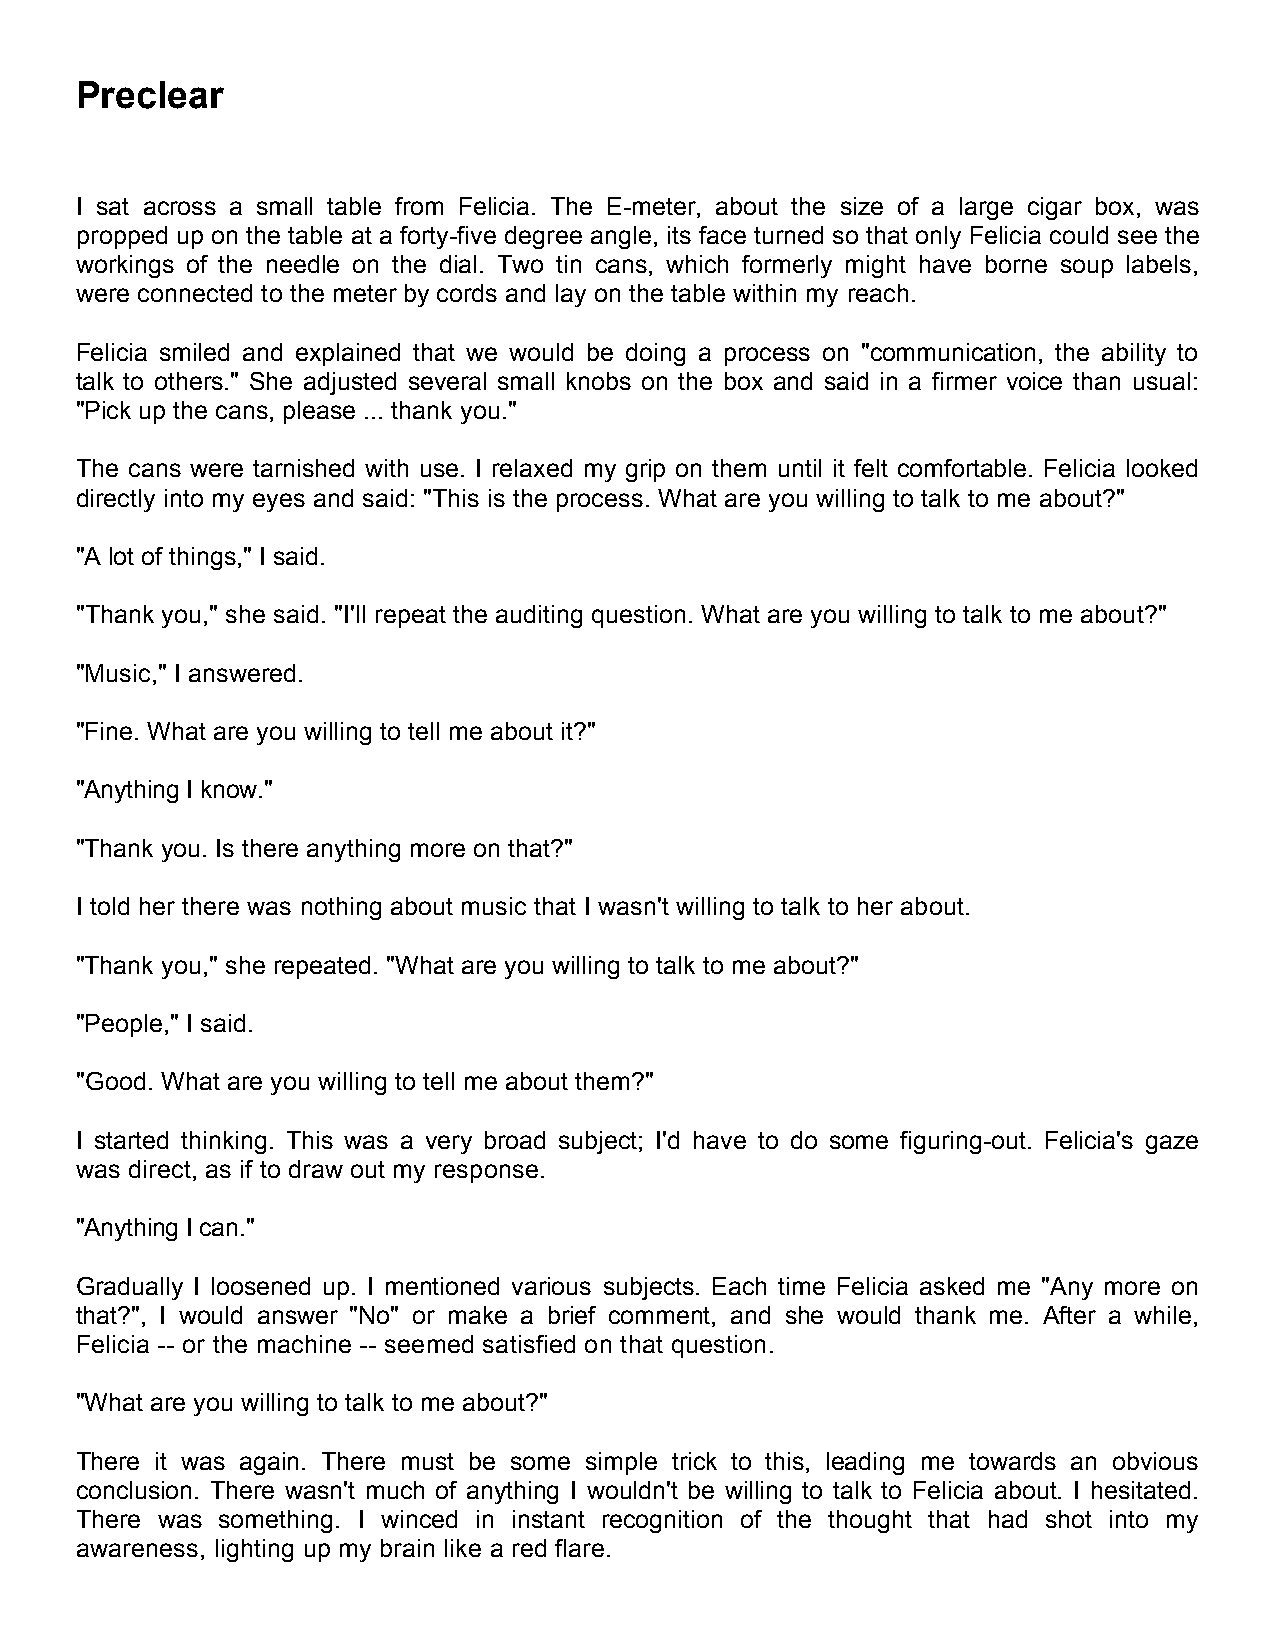
Preclear
 I sat across a small table from Felicia. The E-meter, about the size of a large cigar box, was
 propped up on the table at a forty-five degree angle, its face turned so that only Felicia could see the
 workings of the needle on the dial. Two tin cans, which formerly might have borne soup labels,
 were connected to the meter by cords and lay on the table within my reach.
 Felicia smiled and explained that we would be doing a process on "communication, the ability to
 talk to others." She adjusted several small knobs on the box and said in a firmer voice than usual:
 "Pick up the cans, please ... thank you."
 The cans were tarnished with use. I relaxed my grip on them until it felt comfortable. Felicia looked
 directly into my eyes and said: "This is the process. What are you willing to talk to me about?"
 "A lot of things," I said.
 "Thank you," she said. "I'll repeat the auditing question. What are you willing to talk to me about?"
 "Music," I answered.
 "Fine. What are you willing to tell me about it?"
 "Anything I know."
 "Thank you. Is there anything more on that?"
 I told her there was nothing about music that I wasn't willing to talk to her about.
 "Thank you," she repeated. "What are you willing to talk to me about?"
 "People," I said.
 "Good. What are you willing to tell me about them?"
 I started thinking. This was a very broad subject; I'd have to do some figuring-out. Felicia's gaze
 was direct, as if to draw out my response.
 "Anything I can."
 Gradually I loosened up. I mentioned various subjects. Each time Felicia asked me "Any more on
 that?", I would answer "No" or make a brief comment, and she would thank me. After a while,
 Felicia -- or the machine -- seemed satisfied on that question.
 "What are you willing to talk to me about?"
 There it was again. There must be some simple trick to this, leading me towards an obvious
 conclusion. There wasn't much of anything I wouldn't be willing to talk to Felicia about. I hesitated.
 There was something. I winced in instant recognition of the thought that had shot into my
 awareness, lighting up my brain like a red flare.